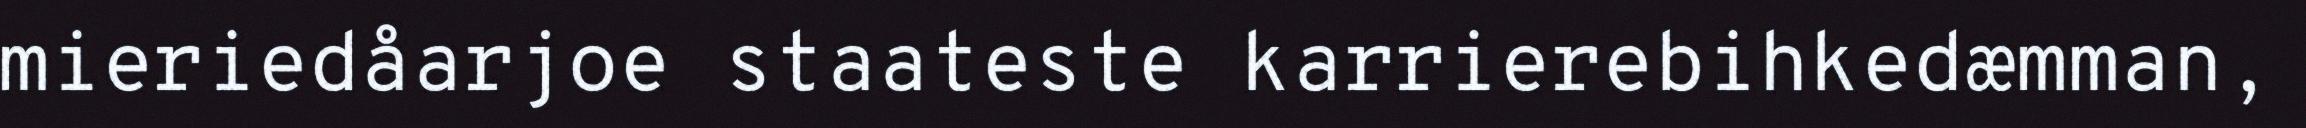
mieriedåarjoe staateste karrierebihkedæmman,